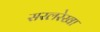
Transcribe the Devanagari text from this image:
सरलरेखा